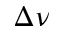
\Delta \nu